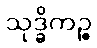
သုဒ္ဓိကဉ္စ